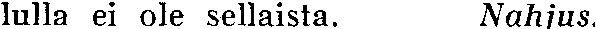
lulla ei ole sellaista. Nahjus.